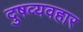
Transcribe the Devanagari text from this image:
दुषव्यवहार